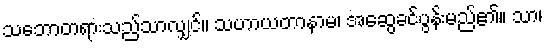
သဘောတရားသည်သာလျှင်။ သဟာယတာနာမ၊ အဆွေခင်ပွန်းမည်၏။ သာ၊